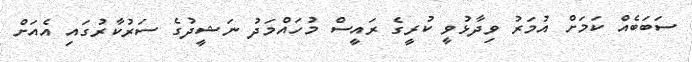
ސަބަބެއް ކަމަށް އުމަރު ވިދާޅުވީ ކުރީގެ ރައީސް މުހައްމަދު ނަޝީދުގެ ސަރުކާރުގައި އެއަށް